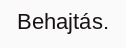
Behajtás.